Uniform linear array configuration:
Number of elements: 16
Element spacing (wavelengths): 0.25
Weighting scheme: kaiser
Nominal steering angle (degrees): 15
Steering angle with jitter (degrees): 15.88
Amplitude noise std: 0.05
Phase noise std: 0.05

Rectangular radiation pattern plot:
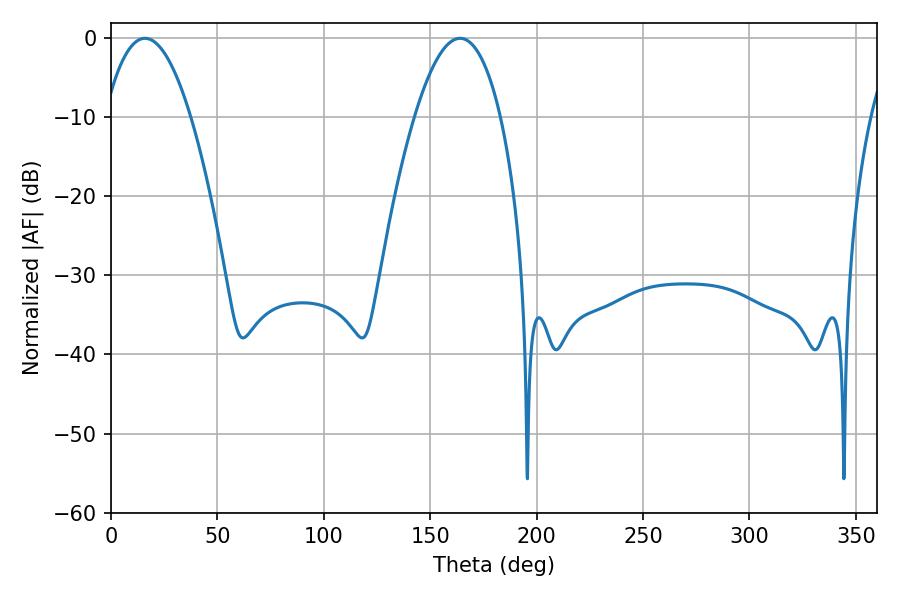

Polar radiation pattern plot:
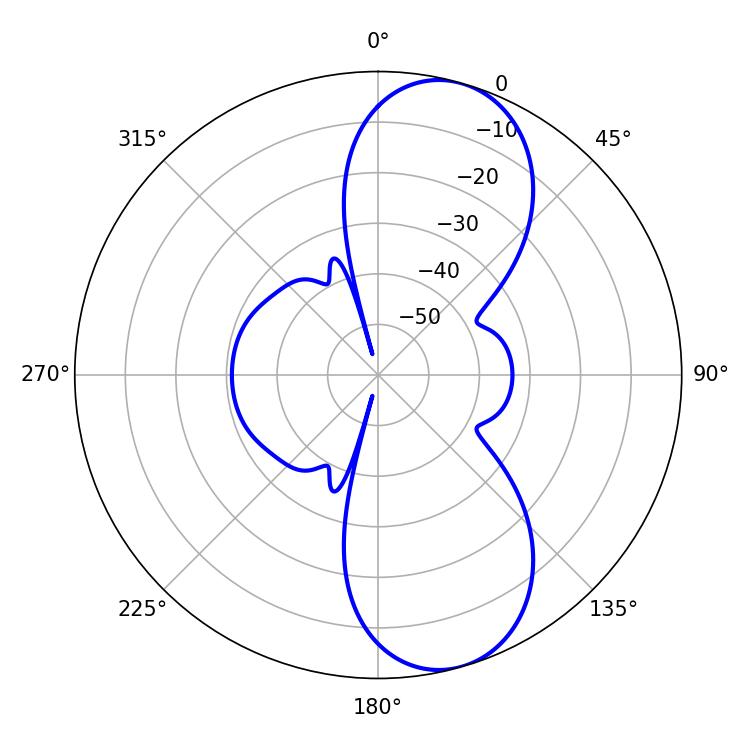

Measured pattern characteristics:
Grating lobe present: FALSE
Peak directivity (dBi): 9.274
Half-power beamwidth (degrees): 22.32
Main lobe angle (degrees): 16.02